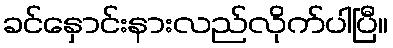
ခင်နှောင်းနားလည်လိုက်ပါပြီ။